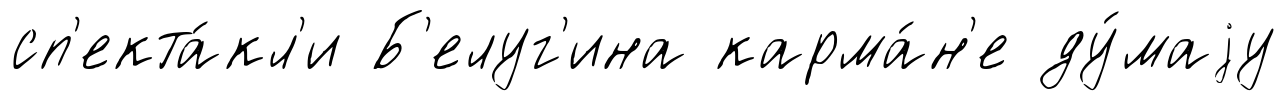
сп'екта́кл'и Б'елуг'ина карма́н'е ду́маjу